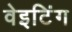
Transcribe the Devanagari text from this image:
वेइटिंग